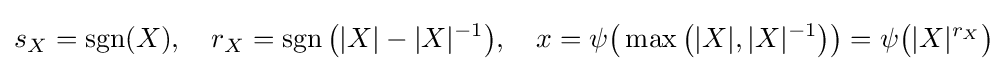
s_{X}=\operatorname {sgn}(X),\quad r_{X}=\operatorname {sgn} {\big (}|X|-|X|^{-1}{\big )},\quad x=\psi {\big (}\max {\big (}|X|,|X|^{-1}{\big )}{\big )}=\psi {\big (}|X|^{r_{X}}{\big )}